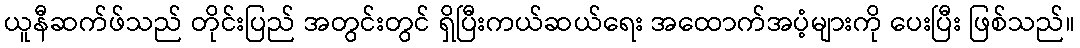
ယူနီဆက်ဖ်သည် တိုင်းပြည် အတွင်းတွင် ရှိပြီးကယ်ဆယ်ရေး အထောက်အပံ့များကို ပေးပြီး ဖြစ်သည်။